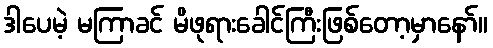
ဒါပေမဲ့ မကြာခင် မိဖုရားခေါင်ကြီးဖြစ်တော့မှာနော်။